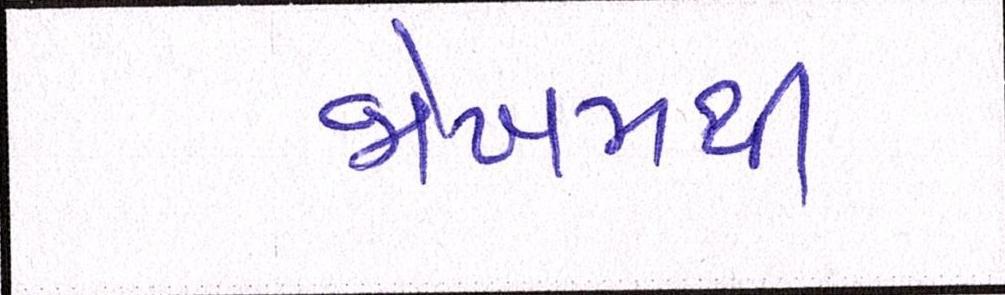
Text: જોખમથી